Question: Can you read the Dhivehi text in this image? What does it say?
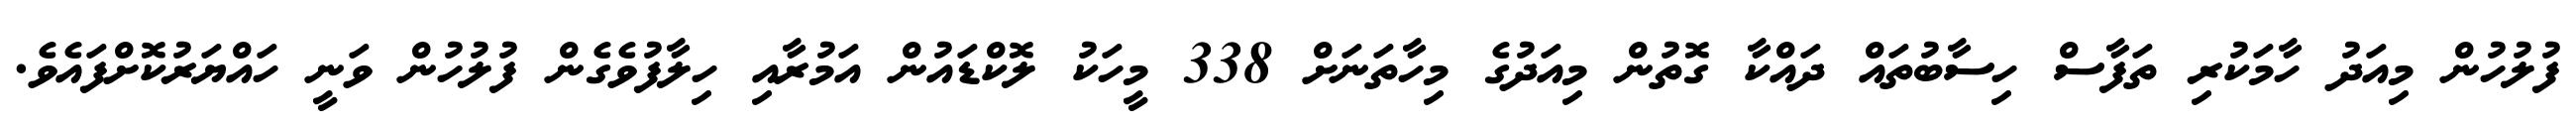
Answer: ފުލުހުން މިއަދު ހާމަކުރި ތަފާސް ހިސާބުތައް ދައްކާ ގޮތުން މިއަދުގެ މިހާތަނަށް 338 މީހަކު ލޮކްޑައުން އަމުރާއި ހިލާފުވެގެން ފުލުހުން ވަނީ ހައްޔަރުކޮށްފައެވެ.